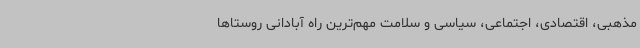
مذهبی، اقتصادی، اجتماعی، سیاسی و سلامت مهم‌ترین راه آبادانی روستاها